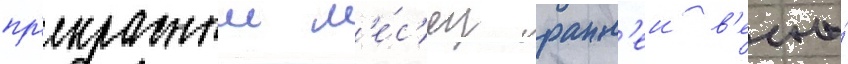
пр'екрасныи м'е́с'яц ранн'еи в'есны́